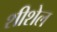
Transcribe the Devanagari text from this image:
शीशेल